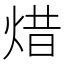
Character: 焟